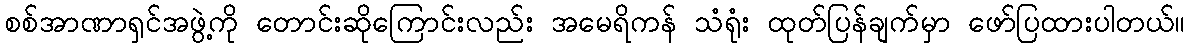
စစ်အာဏာရှင်အဖွဲ့ကို တောင်းဆိုကြောင်းလည်း အမေရိကန် သံရုံး ထုတ်ပြန်ချက်မှာ ဖော်ပြထားပါတယ်။